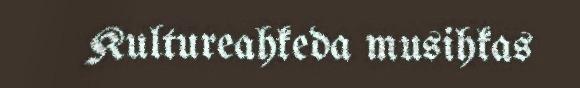
Kultureahkeda musihkas